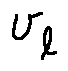
v _ { l }